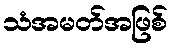
သံအမတ်အဖြစ်